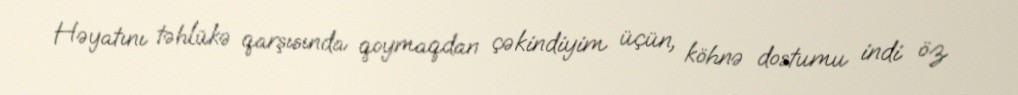
Həyatını təhlükə qarşısında qoymaqdan çəkindiyim üçün, köhnə dostumu indi öz